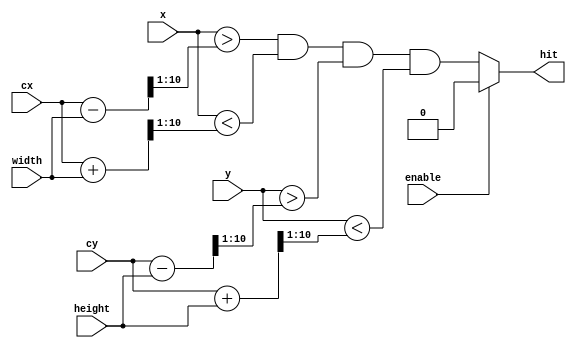
module RectRenderer (
  input enable,
  input [10:0] x, y,
  input [10:0] cx, cy,
  input [10:0] width, height,
  output reg hit
);

always @ (*)
  if (!enable)
    hit = (x > cx - width >> 1 && x < cx + width >> 1 && y > cy - height >> 1 && y < cy + height >> 1);
  else
    hit = 0;
endmodule